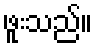
ဖူးသည်။